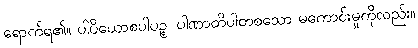
ရောက်ရ၏။ ပါပိယောစပါပဉ္စ၊ ပါဏာတိပါတစသော မကောင်းမှုကိုလည်း။